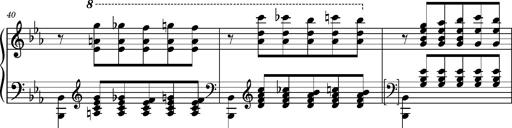
Title: PrÃ©ludes et Harmonies poÃ©tiques et religieuses
Composer: Franz Liszt